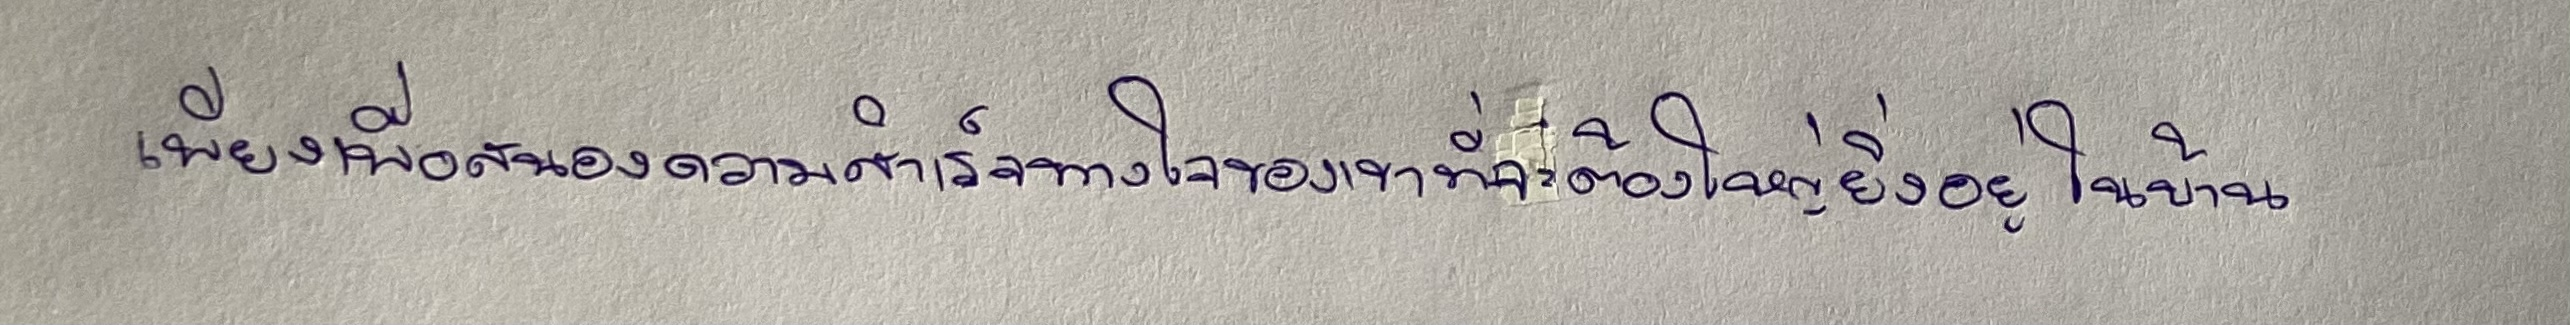
เพียงเพื่อสนองความสำเร็จทางใจของเขาที่จะต้องใหญ่ยิ่งอยู่ในบ้าน